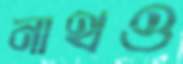
নাথও